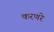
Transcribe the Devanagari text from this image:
करणरे